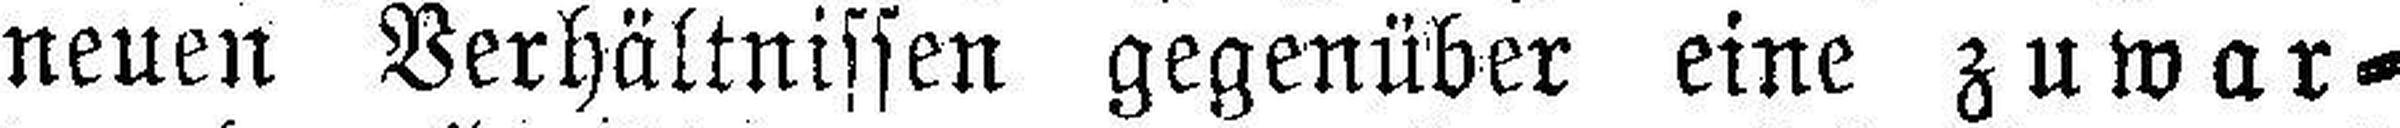
neuen Verhältnissen gegenüber eine zuwar¬